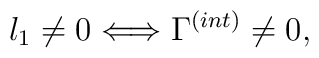
l_1 \not= 0  \Longleftrightarrow \Gamma^{(int)} \not= 0, \nonumber